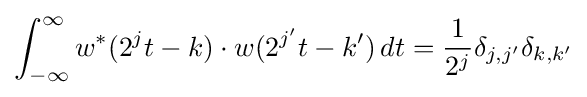
\int _{-\infty }^{\infty }w^{*}(2^{j}t-k)\cdot w(2^{j'}t-k')\,dt={\frac {1}{2^{j}}}\delta _{j,j'}\delta _{k,k'}